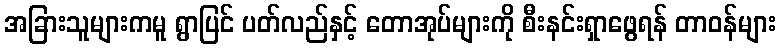
အခြားသူများကမူ ရွာပြင် ပတ်လည်နှင့် တောအုပ်များကို စီးနင်းရှာဖွေရန် တာဝန်များ